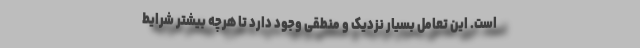
است. این تعامل بسیار نزدیک و منطقی وجود دارد تا هرچه بیشتر شرایط